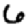
Digit: 6